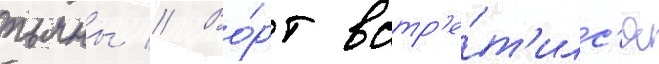
пьяны // Во́рт встр'е́т'илс'я